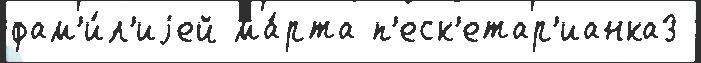
фам'и́л'иjей ма́рта п'еск'етар'ианка3